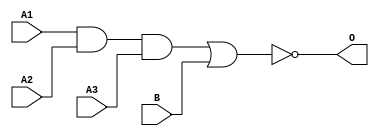
module JD31A(A1, A2, A3, B, O);
input   A1;
input   A2;
input   A3;
input   B;
output  O;
and g0(w0, A1, A2, A3);
nor g1(O, w0, B);
endmodule